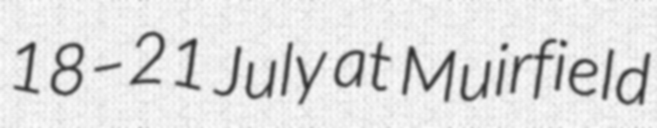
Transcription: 18–21 July at Muirfield